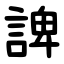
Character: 諀